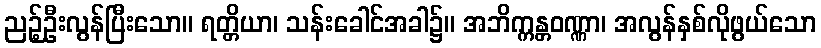
ညဉ့်ဦးလွန်ပြီးသော။ ရတ္တိယာ၊ သန်းခေါင်အခါ၌။ အဘိက္ကန္တဝဏ္ဏာ၊ အလွန်နှစ်လိုဖွယ်သော